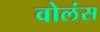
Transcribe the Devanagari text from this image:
वोलंस